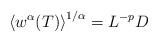
LaTeX: \begin{align*}\left\langle w^{\alpha}(T)\right\rangle^{1/\alpha}=L^{-p}D\end{align*}